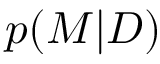
p ( M | D )